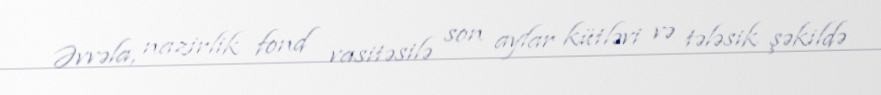
Əvvəla, nazirlik fond vasitəsilə son aylar kütləvi və tələsik şəkildə